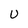
Character: U